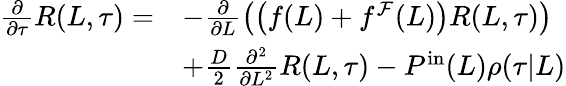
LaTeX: \begin{array}{rl}{\frac{\partial}{\partial\tau}R(L,\tau)=}&{-\frac{\partial}{\partial L}\left(\left(f(L)+f^{\mathcal{F}}(L)\right)R(L,\tau)\right)}\\ &{+\frac{D}{2}\frac{\partial^{2}}{\partial L^{2}}R(L,\tau)-P^{\mathrm{in}}(L)\rho(\tau|L)}\end{array}